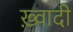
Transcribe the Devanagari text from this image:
ख़्वादी